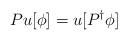
LaTeX: \begin{align*}Pu[\phi] = u[P^\dagger\phi]\end{align*}